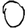
Digit: 0